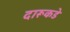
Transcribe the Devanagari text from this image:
दारूकडे